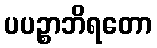
ပပဉ္စာဘိရတော